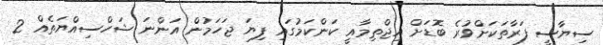
ސިޔާސީ ފަރާތަކަށްވުރެ ބޮޑަށް އިޖްތިމާއީ ކަންކަމުގައި ފިޔަ ޖަހަމުން އަންނަ ޝަހްސިއްޔަތެއް 2